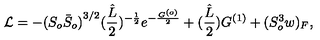
{ \cal L } = - { ( S _ { o } { \bar { S } } _ { o } ) } ^ { 3 / 2 } ( \frac { \hat { L } } { 2 } ) ^ { - \frac { 1 } { 2 } } e ^ { - \frac { G ^ { ( o ) } } { 2 } } + ( \frac { \hat { L } } { 2 } ) G ^ { ( 1 ) } + { ( S _ { o } ^ { 3 } w ) _ { F } } ,